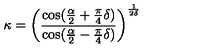
\kappa = \left( \frac { \cos ( \frac { \alpha } { 2 } + \frac { \pi } { 4 } \delta ) } { \cos ( \frac { \alpha } { 2 } - \frac { \pi } { 4 } \delta ) } \right) ^ { \frac { 1 } { 2 \delta } }